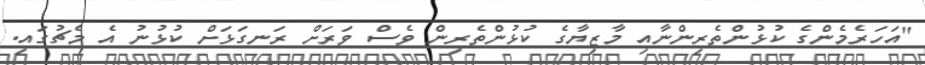
"އަހަރެމެންގެ ކުޅުންތެރިންނާއި މާޒިޔާގެ ކުޅުންތެރިން ވެސް ވަރަށް ރަނގަޅަށް ކުޅުނު އެ މެޗުގައި.